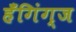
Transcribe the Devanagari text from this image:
हँगिंग्ज